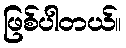
ဖြစ်ပါတယ်။